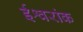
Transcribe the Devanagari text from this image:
ईश्वरांक